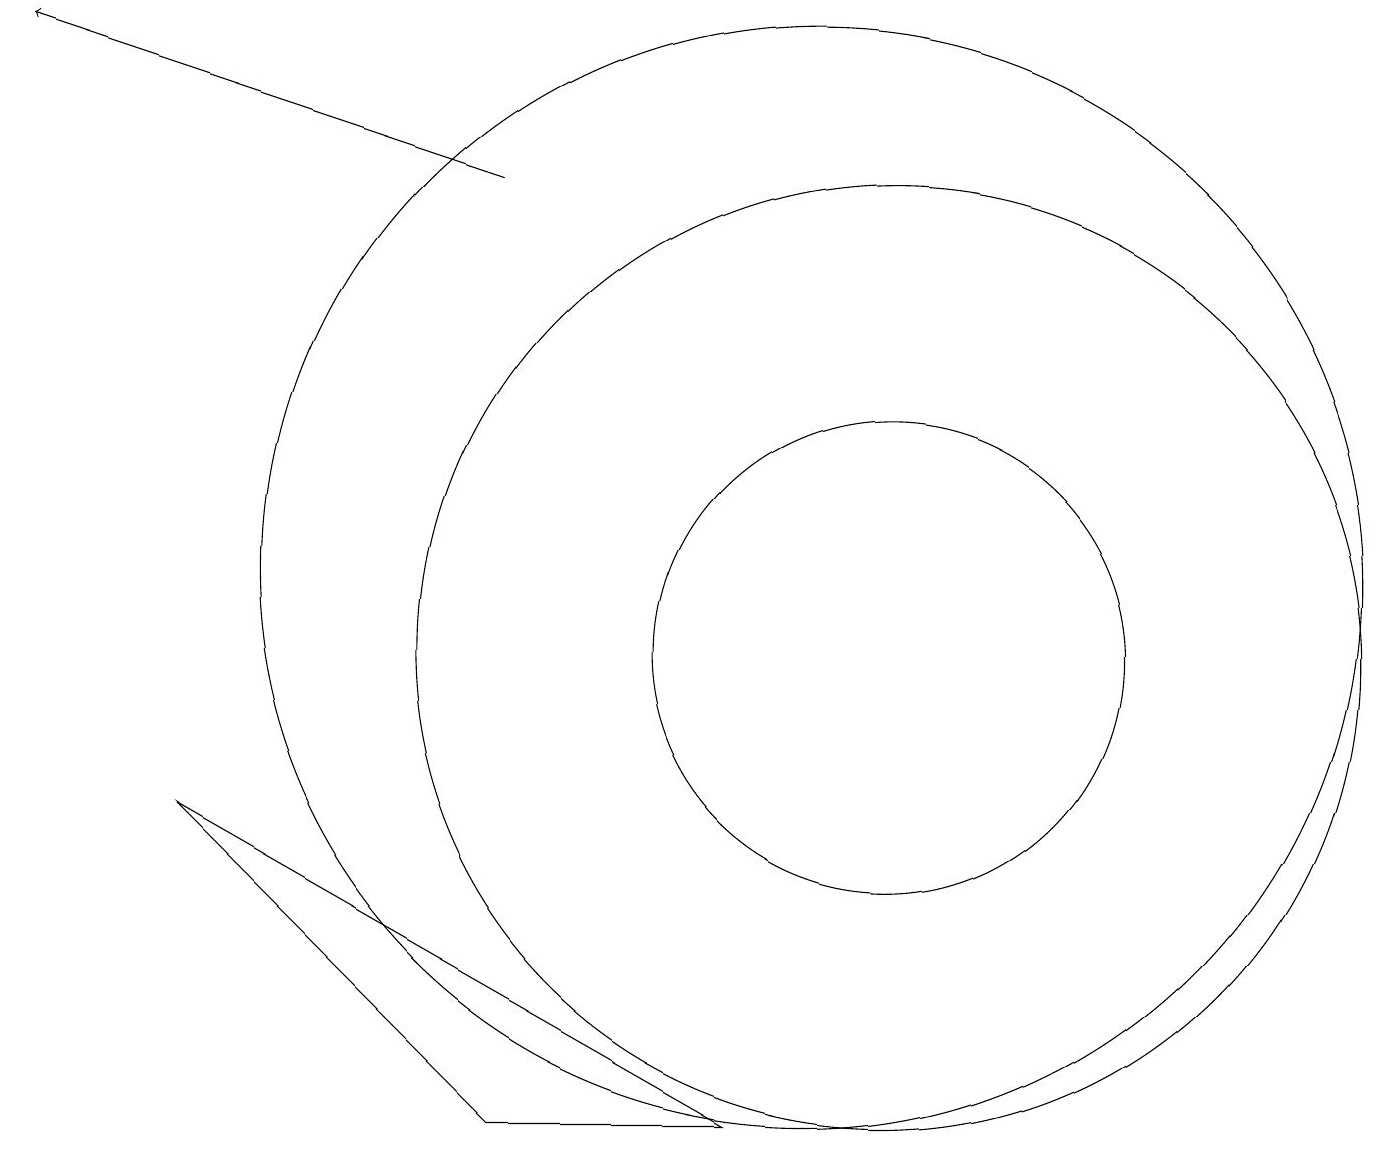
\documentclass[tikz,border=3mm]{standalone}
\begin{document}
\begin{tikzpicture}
\draw[->] (6,17) -- (0,19);
\draw (11,11) circle (6);
\draw (9,5) -- (6,5) -- (2,9) -- cycle;
\draw (11,11) circle (3);
\draw (10,12) circle (7);
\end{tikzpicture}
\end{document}